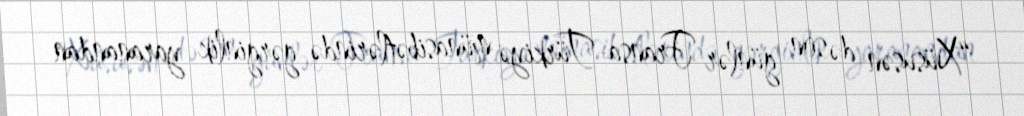
“Xüsusən də son günlər Fransa-Türkiyə münasibətlərində gərginlik yaranandan